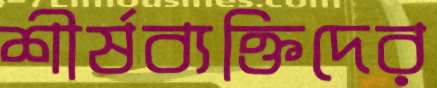
শীর্ষব্যক্তিদের